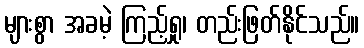
များစွာ အခမဲ့ ကြည့်ရှု၊ တည်းဖြတ်နိုင်သည်။